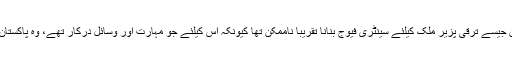
اُس زمانے میں پاکستان جیسے ترقی پزیر ملک کیلئے سینٹری فیوج بنانا تقریباً ناممکن تھا کیونکہ اس کیلئے جو مہارت اور وسائل درکار تھے، وہ پاکستان میں موجود نہیں تھے۔